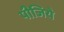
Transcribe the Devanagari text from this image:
पीजिये